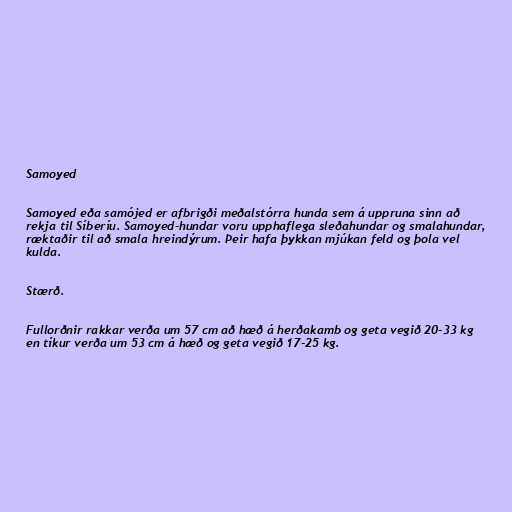
Samoyed

Samoyed eða samójed er afbrigði meðalstórra hunda sem á uppruna sinn að
rekja til Síberíu. Samoyed-hundar voru upphaflega sleðahundar og smalahundar,
ræktaðir til að smala hreindýrum. Þeir hafa þykkan mjúkan feld og þola vel
kulda.

Stærð.

Fullorðnir rakkar verða um 57 cm að hæð á herðakamb og geta vegið 20-33 kg
en tíkur verða um 53 cm á hæð og geta vegið 17-25 kg.